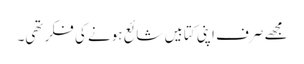
مجھے صرف اپنی کتابیں شائع ہونے کی فکر تھی۔